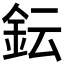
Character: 𨥕